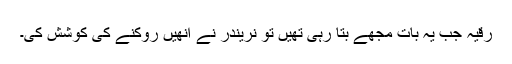
رقیہ جب یہ بات مجھے بتا رہی تھیں تو نریندر نے انھیں روکنے کی کوشش کی۔